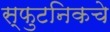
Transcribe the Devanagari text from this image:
स्फुटनिकचे